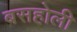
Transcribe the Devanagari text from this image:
बसहोली